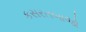
કસરતબાજો